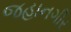
જહાનગીર